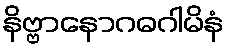
နိဗ္ဗာနောဂဓဂါမိနံ